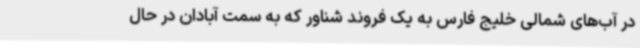
در آب‌های شمالی خلیج فارس به یک فروند شناور که به سمت آبادان در حال